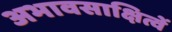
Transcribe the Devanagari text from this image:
अभावसाक्षित्वें